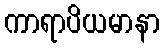
ကာရာပိယမာနာ